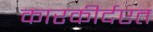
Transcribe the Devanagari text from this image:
कारकीर्दएत